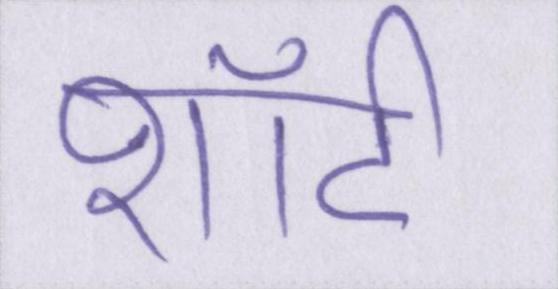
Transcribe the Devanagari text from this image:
शॉर्ट